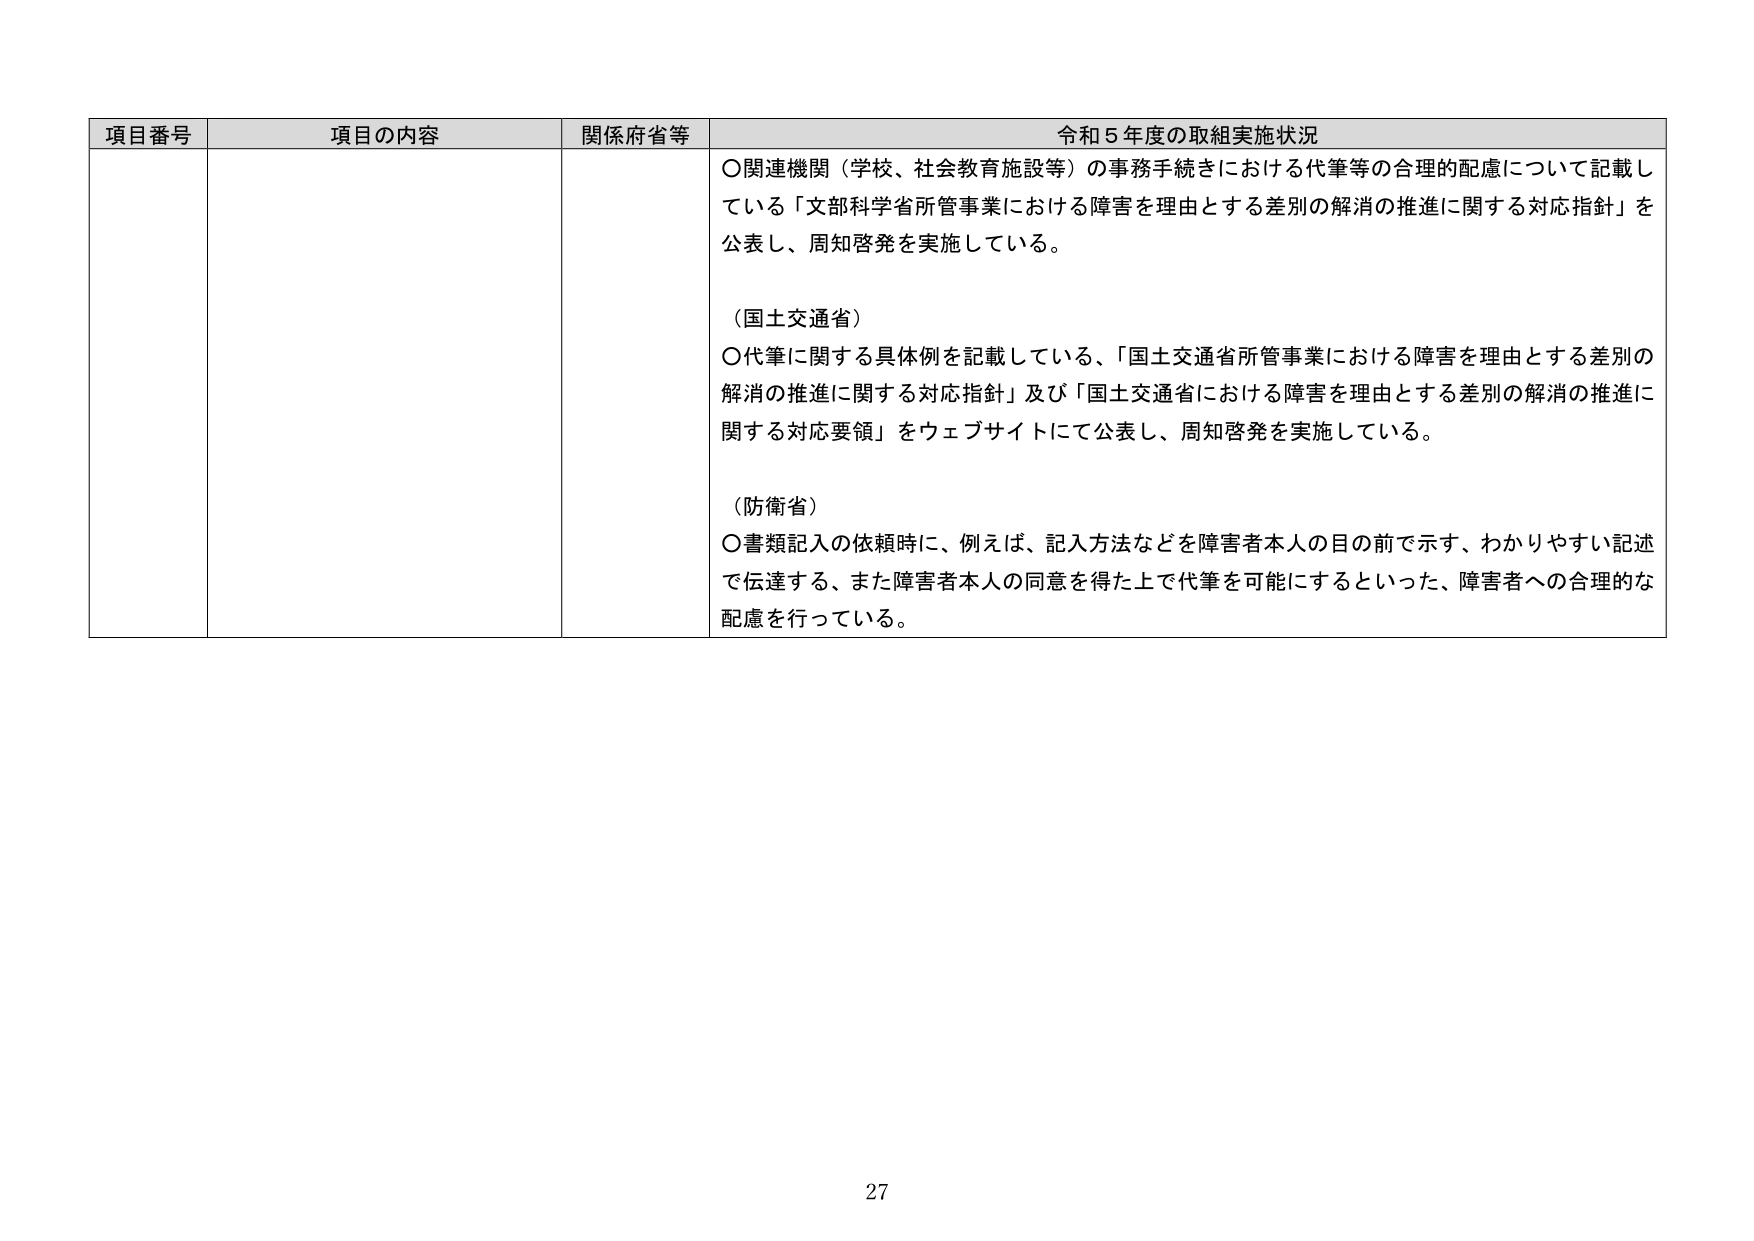
項目番号 項目の内容 関係府省等 令和５年度の取組実施状況
〇関連機関（学校、社会教育施設等）の事務手続きにおける代筆等の合理的配慮について記載している「文部科学省所管事業における障害を理由とする差別の解消の推進に関する対応指針」を公表し、周知啓発を実施している。
（国土交通省）
〇代筆に関する具体例を記載している、「国土交通省所管事業における障害を理由とする差別の解消の推進に関する対応指針」及び「国土交通省における障害を理由とする差別の解消の推進に関する対応要領」をウェブサイトにて公表し、周知啓発を実施している。
（防衛省）
〇書類記入の依頼時に、例えば、記入方法などを障害者本人の目の前で示す、わかりやすい記述で伝達する、また障害者本人の同意を得た上で代筆を可能にするといった、障害者への合理的な配慮を行っている。
27